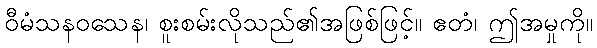
ဝီမံသနဝသေန၊ စူးစမ်းလိုသည်၏အဖြစ်ဖြင့်။ ဧတံ၊ ဤအမှုကို။